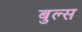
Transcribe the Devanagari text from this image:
बुल्‍स